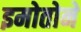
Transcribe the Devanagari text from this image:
इमोतोने